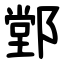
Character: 䣘